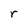
Character: r